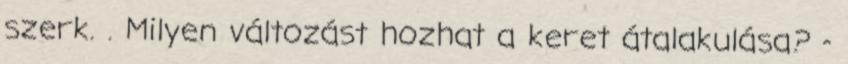
szerk. . Milyen változást hozhat a keret átalakulása? -